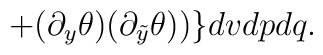
+ (\partial_y \theta)(\partial_{\tilde y} \theta)) \} d vdpdq.